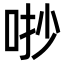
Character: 𠳕